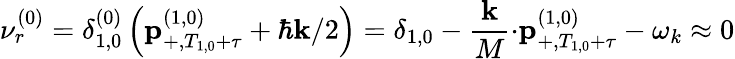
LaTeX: \nu_{r}^{\left(0\right)}=\delta_{1,0}^{\left(0\right)}\left(\mathbf{p}_{+,T_{1,0}+\tau}^{\left(1,0\right)}+\hbar\mathbf{k}/2\right)=\delta_{1,0}-\frac{\mathbf{k}}{M}\mathbf{\cdot p}_{+,T_{1,0}+\tau}^{\left(1,0\right)}-\omega_{k}\approx 0